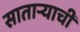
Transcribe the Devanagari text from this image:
सातार्‍याची